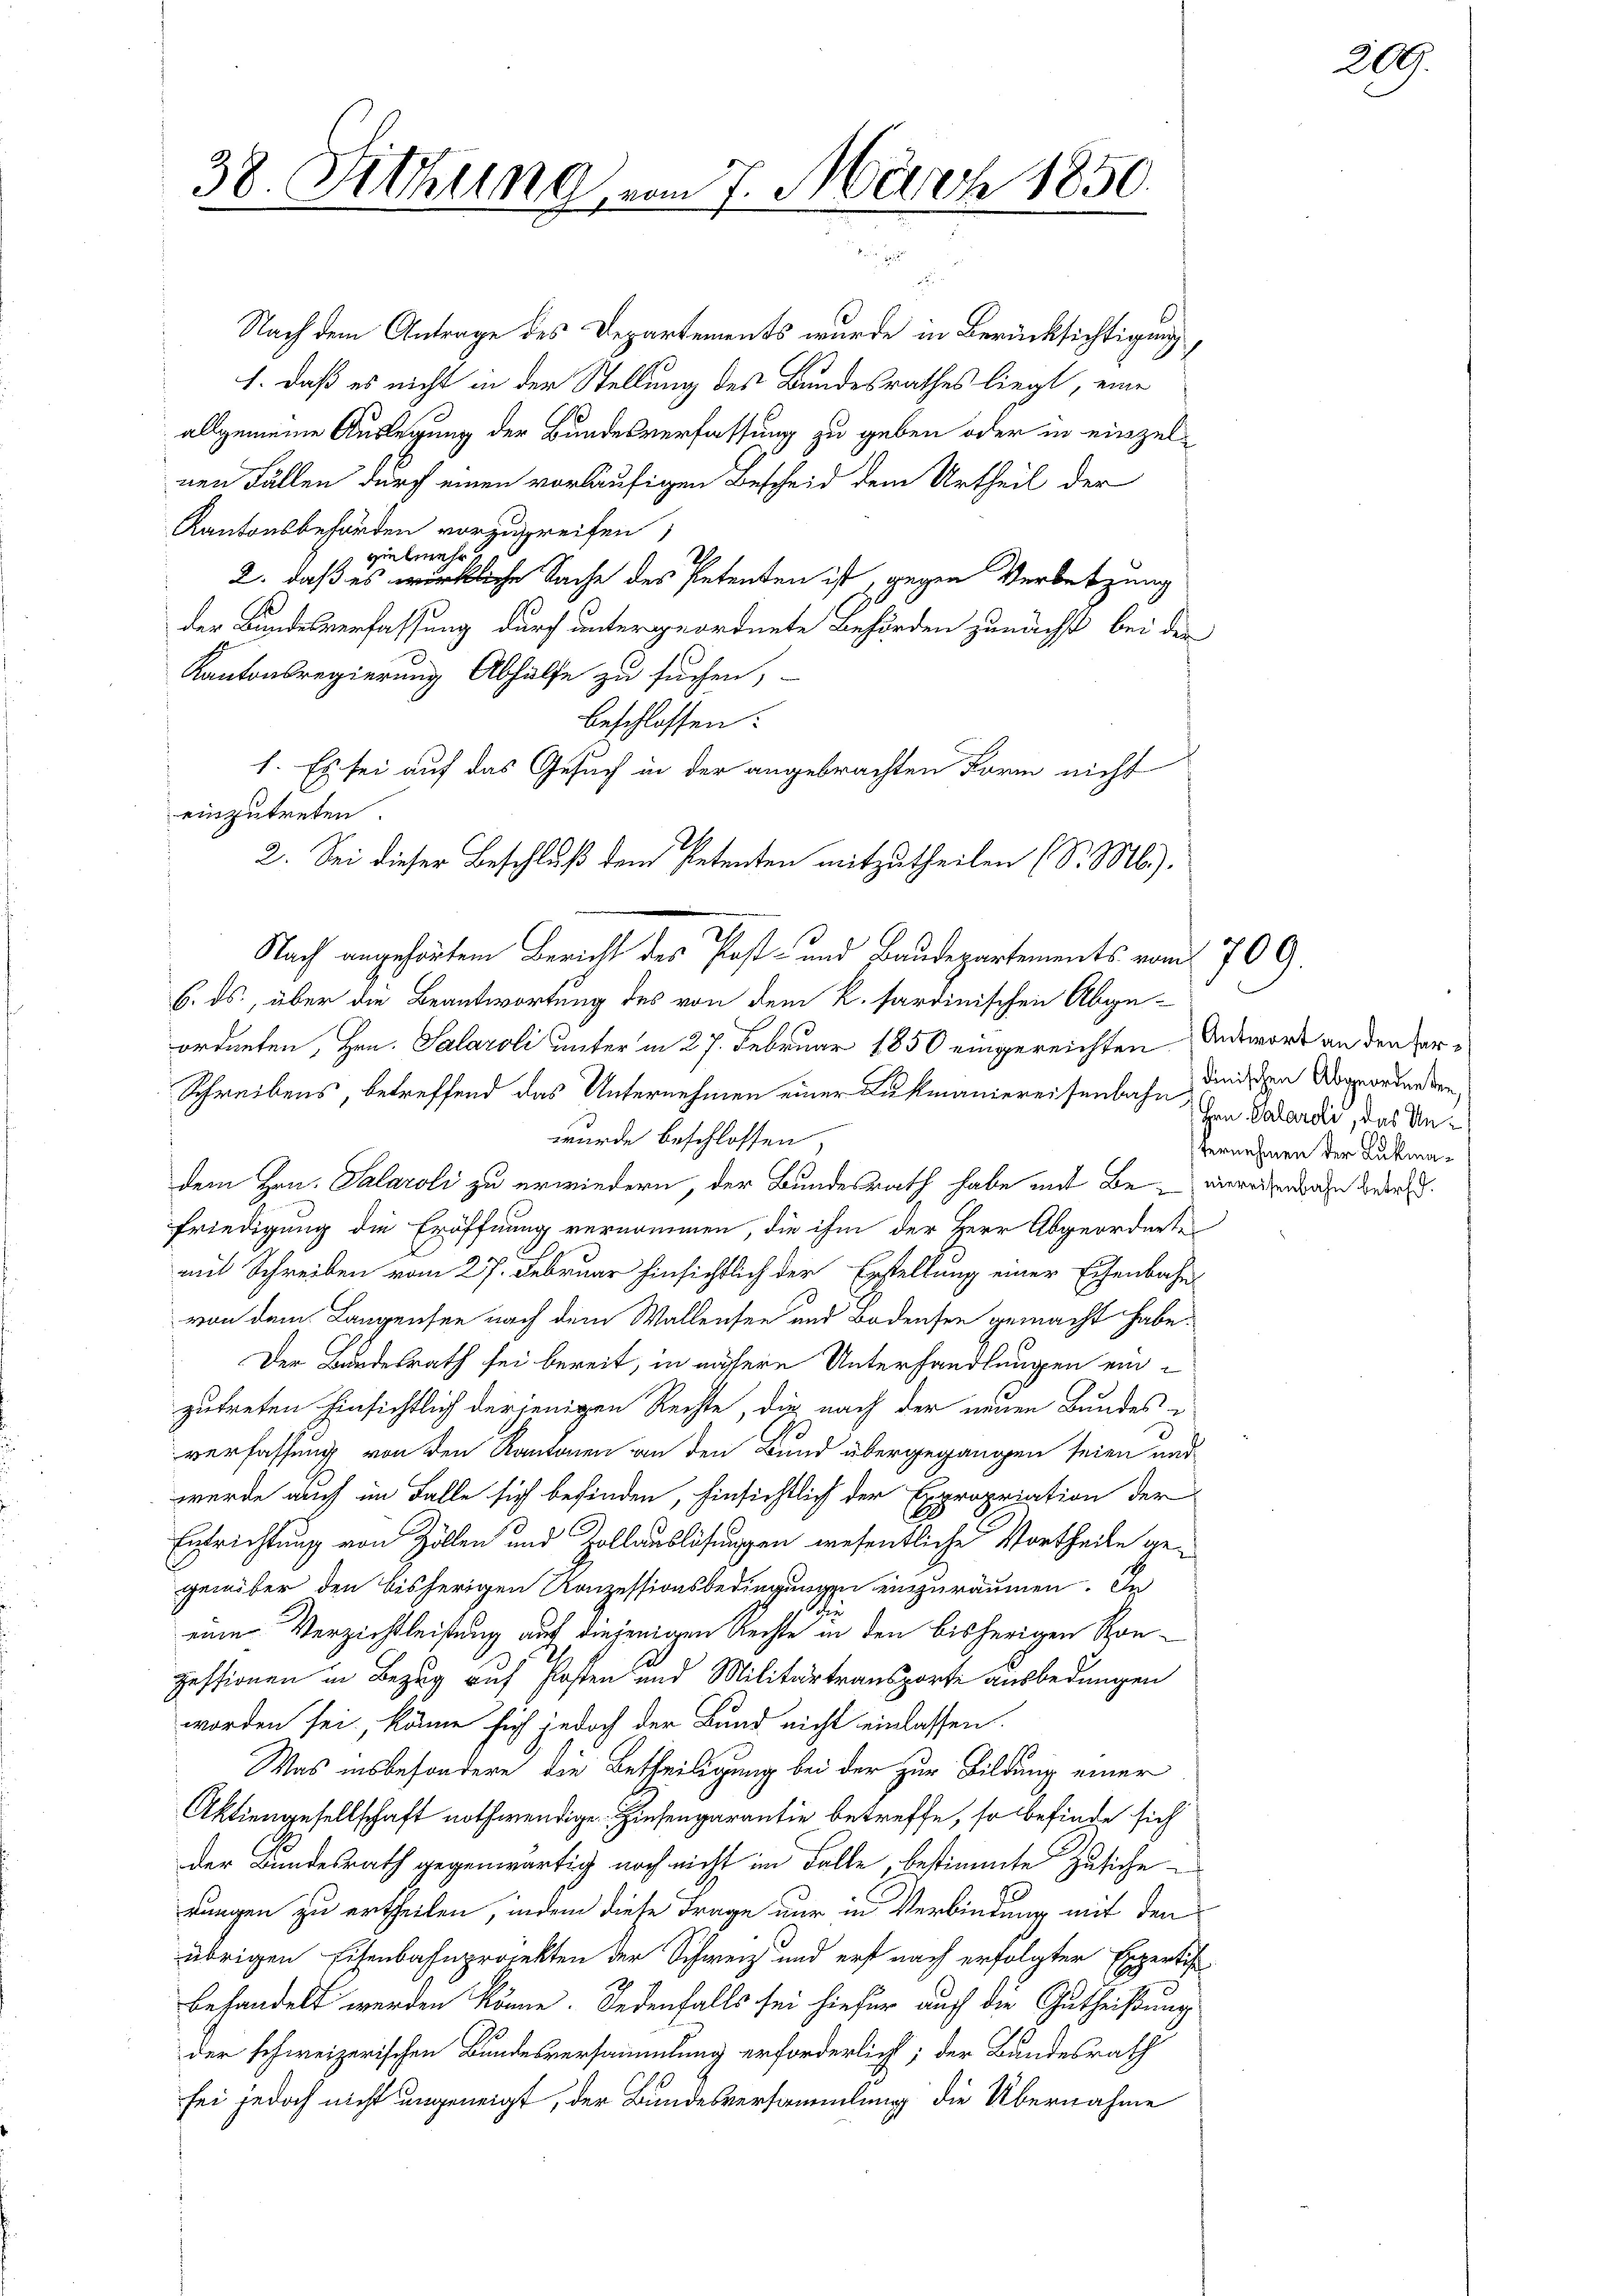
38. Sitzung vom 7. März 1850.

einzutreten.

Nach dem Antrage des Departements wurde in Berücksichtigung
1. daß es nicht in der Stellung des Bundesrathes liegt, eine
allgemeine Auslegung der Bundesverfassung zu geben oder in einzelnen Fällen durch einen vorläufigen Bescheid dem Urtheil der
Kantonsbehörden vorzugreifen,
vielmehr,
2. daß es wirkliche Sache des Petenten ist, gegen Verletzung
.
der Bundesverfassung durch untergeordnete Behörden zunächst bei der
Kantonsregierung Abhülfe zu suchen,
beschlossen:
1. Es sei auf das Gesuch in der angebrachten Form nicht
2. Sei dieser Beschluß dem Petenten mitzutheilen (S. Ml.).
Nach angehörtem Bericht des Post- und Baudepartements vom 709.
6. ds., über die Beantwortung des von dem k. sardinischen Abgeordneten, Hrn. Salaroli unter in 27. Februar 1850 eingereichten
Schreibens, betreffend das Unternehmen einer Lukmaniereisenbahn dinischen Abgeordneten,
wurde beschlossen,
dem Hrn. Salaroli zu erwiedern, der Bundesrath habe mit Be- einereiten sahen Bere
friedigung die Eröffnung vernommen, die ihm der Herr Abgeordnete
mit Schreiben vom 27. Februar hinsichtlich der Erstellung einer Eisenbahn-
von dem Langensee nach dem Wallensee und Bodensee gemacht habe.
Der Bundesrath sei bereit, in nähere Unterhandlungen einzutreten hinsichtlich derjenigen Rechte, die nach der neuen Bundes-
verfassung von den Kantonen an den Bund übergegangen seien und
werde auch im Falle sich befinden, hinsichtlich der Expropriation der
Entrichtung von Zollen und Zollauslösungen wesentliche Vortheile gegenüber den bisherigen Konzessionsbedingungen einzuräumen. In
2.
eine Verzichtleistung auf diejenigen Rechte in den bisherigen Konpessionen in Bezug auf Posten und Militärtransporte ausbedungen
worden sei, könne sich jedoch der Bund nicht einlassen.
Was insbesondere die Betheiligung bei der zur Bildung einer
Aktiengesellschaft nothwendige Zinsengarantie betreffe, so befinde sich
Der Bundesrath gegenwärtig noch nicht im Falle, bestimmte Zusiche
rungen zu ertheilen, indem diese Frage nur in Verbindung mit den
übrigen Eisenbahnprojekten der Schweiz und erst nach erfolgter Expertisebehandelt werden könne. Jedenfalls sei hiefür auch die Gutheißung
der schweizerischen Bundesversammlung erforderlicht; der Bundesrath
sei jedoch nicht ungeneigt, der Bundesversammlung die Übernahme

Antwort an den far¬
Hrn. Palaroli, das Un¬
Vernehmen der Lukma¬

200.